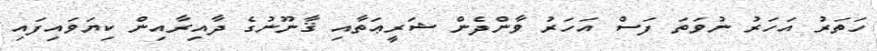
ހަތަރު އަހަރު ނުވަތަ ފަސް އަހަރު ވާންދެން ޝަރީޢަތާއި ޤާނޫނުގެ ދާއިރާއިން ކިޔަވައިފައި